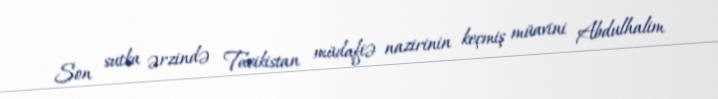
Son sutka ərzində Tacikistan müdafiə nazirinin keçmiş müavini Abdulhalim